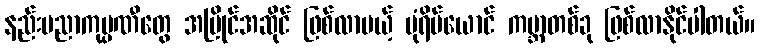
နည်းပညာကုမ္ပဏီတွေ အပြိုင်အဆိုင် ဖြစ်လာမယ့် ပုံရိပ်ယောင် ကမ္ဘာတစ်ခု ဖြစ်လာနိုင်ပါတယ်။